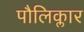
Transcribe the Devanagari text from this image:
पौलिक्लार